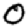
Digit: 0